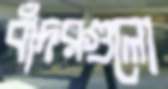
বাঁদরগুলো